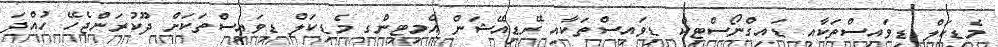
މެޑިކަލް ޑިވައިސްތަކާއި ޑައިގްނޯސްޓިކް ޑިވައިސްތަކާއި ރޭޑިއޭޝަން އެމިޓިންގ މެޑިކަލް ޑިވައިސްތަކަށް ދޫކުރަންޖެހޭ ހުއްދަ